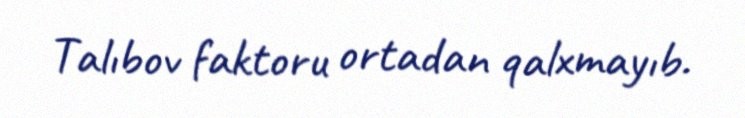
Talıbov faktoru ortadan qalxmayıb.